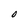
Character: O